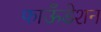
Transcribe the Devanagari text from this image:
फाऊँडेशन